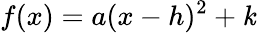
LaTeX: f(x)=a(x-h)^{2}+\mathit{k}\,